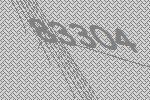
83304